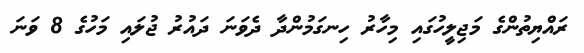
ރައްޔިތުންގެ މަޖިލީހުގައި މިހާރު ހިނގަމުންދާ ދެވަނަ ދައުރު ޖުލައި މަހުގެ 8 ވަނަ